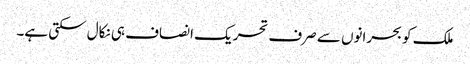
ملک کو بحرانوں سے صرف تحریک انصاف ہی نکال سکتی ہے۔